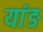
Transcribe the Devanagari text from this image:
यांङ